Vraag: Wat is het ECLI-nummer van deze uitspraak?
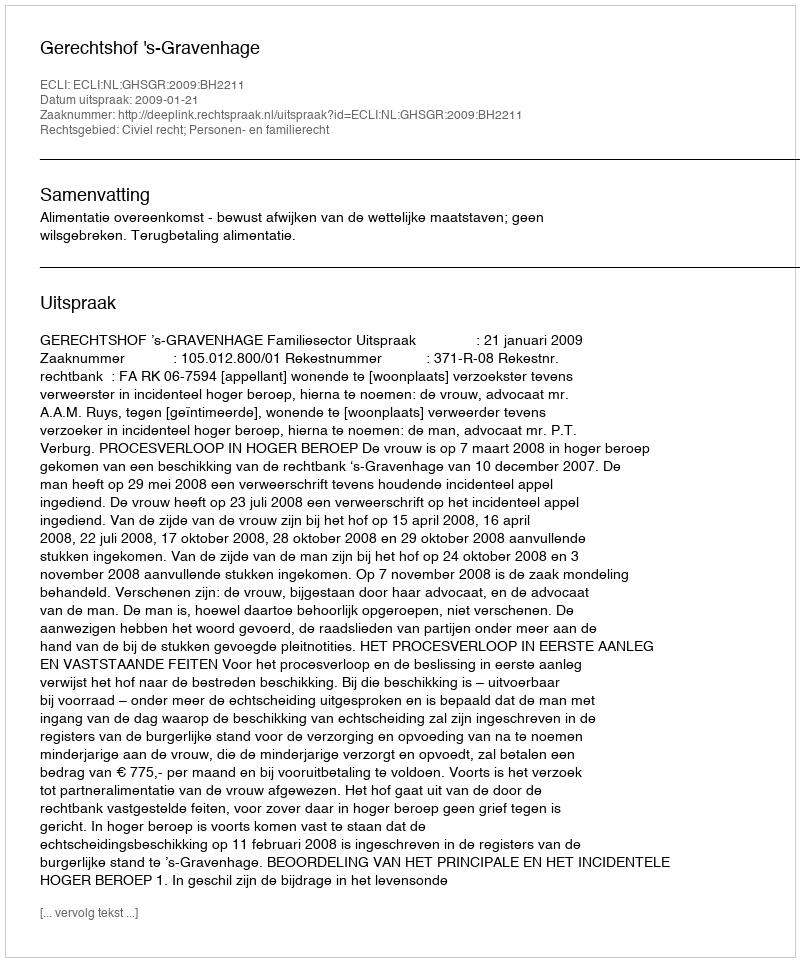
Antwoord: ECLI:NL:GHSGR:2009:BH2211